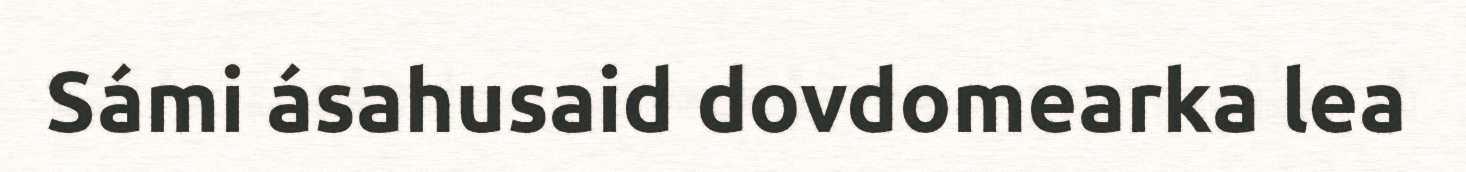
Sámi ásahusaid dovdomearka lea